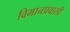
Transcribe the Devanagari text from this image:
विमानप्रवासी